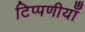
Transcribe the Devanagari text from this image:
टिप्पणीयाँ